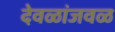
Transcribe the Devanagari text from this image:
देवळांजवळ